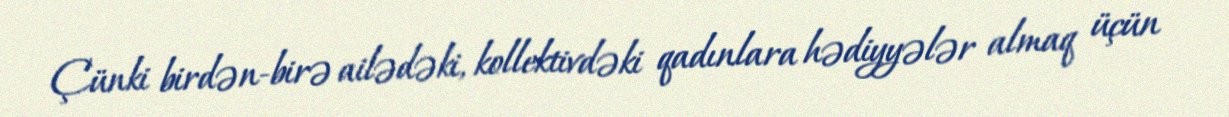
Çünki birdən-birə ailədəki, kollektivdəki qadınlara hədiyyələr almaq üçün